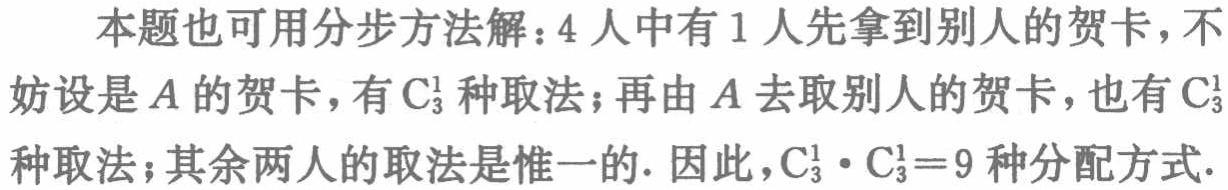
本题也可用分步方法解：4人中有1人先拿到别人的贺卡，不妨设是\(A\)的贺卡，有\(C_{3}^{1}\)种取法；再由\(A\)去取别人的贺卡，也有\(C_{3}^{1}\)种取法；其余两人的取法是惟一的. 因此，\(C_{3}^{1} \cdot C_{3}^{1}=9\)种分配方式.